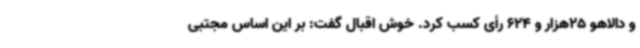
و دالاهو 25هزار و 624 رأی کسب کرد. خوش اقبال گفت: بر این اساس مجتبی